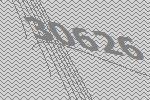
30626